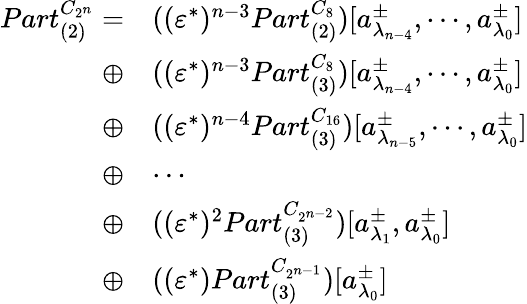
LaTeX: \begin{array}{rl}{{Part}_{(2)}^{C_{2^{n}}}=}&{((\varepsilon^{*})^{n-3}{Part}_{(2)}^{C_{8}})[a_{\lambda_{n-4}}^{\pm},\cdots,a_{\lambda_{0}}^{\pm}]}\\ {\oplus}&{((\varepsilon^{*})^{n-3}{Part}_{(3)}^{C_{8}})[a_{\lambda_{n-4}}^{\pm},\cdots,a_{\lambda_{0}}^{\pm}]}\\ {\oplus}&{((\varepsilon^{*})^{n-4}{Part}_{(3)}^{C_{16}})[a_{\lambda_{n-5}}^{\pm},\cdots,a_{\lambda_{0}}^{\pm}]}\\ {\oplus}&{\cdots}\\ {\oplus}&{((\varepsilon^{*})^{2}{Part}_{(3)}^{C_{2^{n-2}}})[a_{\lambda_{1}}^{\pm},a_{\lambda_{0}}^{\pm}]}\\ {\oplus}&{((\varepsilon^{*}){Part}_{(3)}^{C_{2^{n-1}}})[a_{\lambda_{0}}^{\pm}]}\end{array}